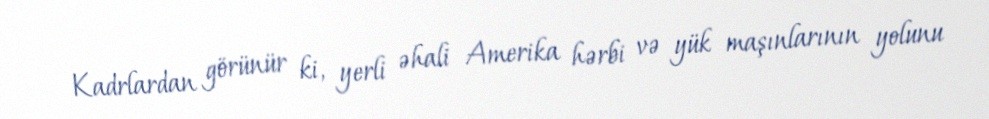
Kadrlardan görünür ki, yerli əhali Amerika hərbi və yük maşınlarının yolunu